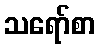
သရော်စာ